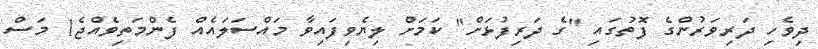
ދިވެހި ދަރިވަރުންގެ ފޮތުގައި "ގެ ދަރިފުޅަށް" ކަމަށް ލިޔެވިފައިވާ މައްސަލައެއް ފެންމަތިވެއްޖެ1 މަސް